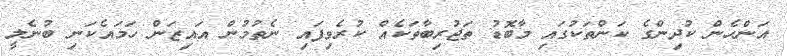
އަންހެން ކުދިންގެ ކަންތަކުގައި މާބޮޑު ތަޖުރިބާތަކެއް ކުރެވިފައި ނެތުމުން އައިޒަން ހަމައެކަނި ބުނެލީ